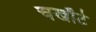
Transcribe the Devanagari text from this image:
चखौटे